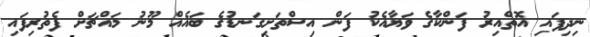
ނިދިފައި އޮތްއިރު ފަންކާގެ ވަޔާއެކު ފަން އިސްތަށިގަނޑުގެ ބައެއް މޫނު މައްޗަށް ފެތުރިފައި